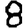
Digit: 8